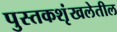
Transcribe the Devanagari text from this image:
पुस्तकशृंखलेतील